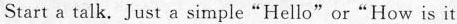
Start a talk.Just a simple"Hello"or"How is it